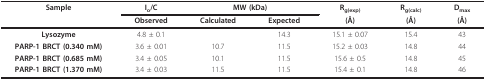
<table><thead><tr><td><b>Sample</b></td><td><b>I<sub>o</sub>/C</b></td><td colspan="2"><b>MW (kDa)</b></td><td><b>R<sub>g(exp)</sub></b></td><td><b>R<sub>g(calc)</sub></b></td><td><b>D<sub>max</sub></b></td></tr><tr><td></td><td><b>Observed</b></td><td><b>Calculated</b></td><td><b>Expected</b></td><td><b>(Å)</b></td><td><b>(Å)</b></td><td><b>(Å)</b></td></tr></thead><tbody><tr><td><b>Lysozyme</b></td><td>4.8 ± 0.1</td><td></td><td>14.3</td><td>15.1 ± 0.07</td><td>15.4</td><td>43</td></tr><tr><td><b>PARP-1 BRCT (0.340 mM)</b></td><td>3.6 ± 0.01</td><td>10.7</td><td>11.5</td><td>15.2 ± 0.03</td><td>14.8</td><td>44</td></tr><tr><td><b>PARP-1 BRCT (0.685 mM)</b></td><td>3.4 ± 0.05</td><td>10.1</td><td>11.5</td><td>15.6 ± 0.5</td><td>14.8</td><td>45</td></tr><tr><td><b>PARP-1 BRCT (1.370 mM)</b></td><td>3.4 ± 0.03</td><td>11.5</td><td>11.5</td><td>15.4 ± 0.1</td><td>14.8</td><td>46</td></tr></tbody></table>